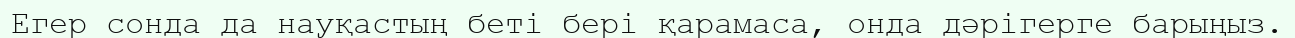
Егер сонда да науқастың беті бері қарамаса, онда дәрігерге барыңыз.